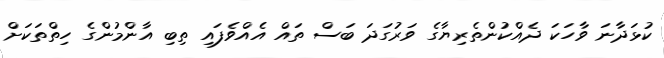
ކުޅަދާނަ ވާހަކަ ދެއްކުންތެރިޔާގެ ވަރުގަދަ ބަސް ތައް އެއްވެފައި ތިބި އާންމުންގެ ހިތްތަކަށް